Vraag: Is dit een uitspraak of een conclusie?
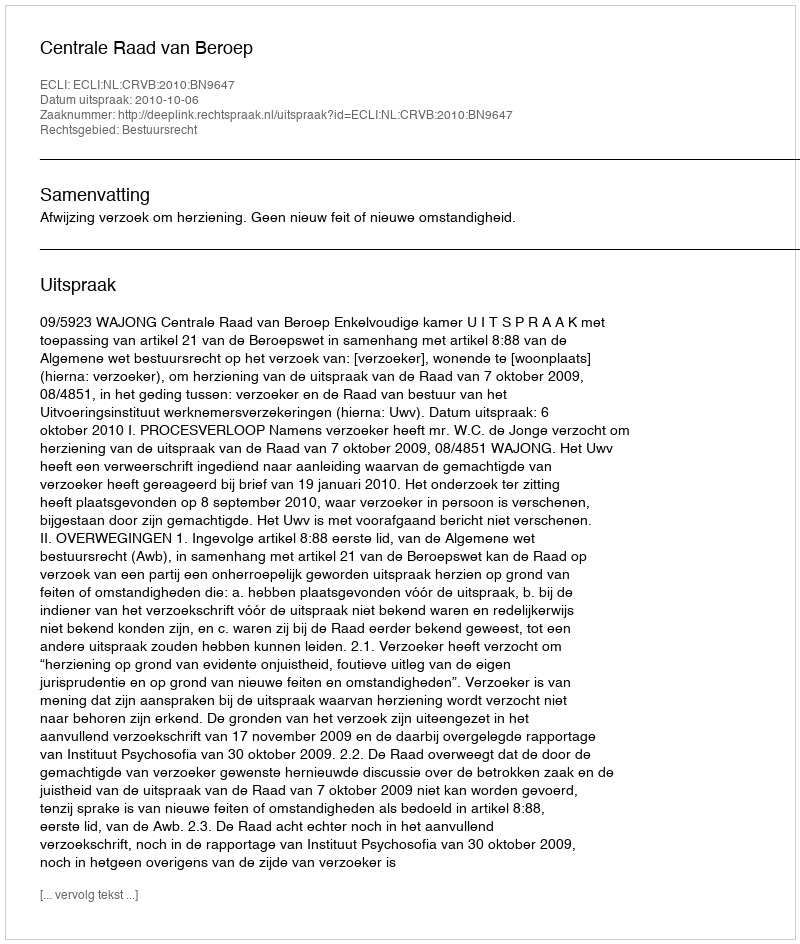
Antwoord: Uitspraak